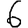
Digit: 6